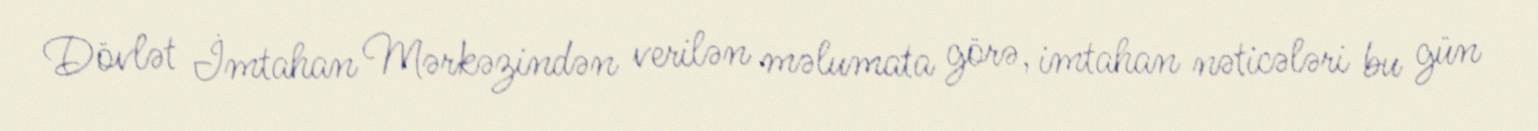
Dövlət İmtahan Mərkəzindən verilən məlumata görə, imtahan nəticələri bu gün